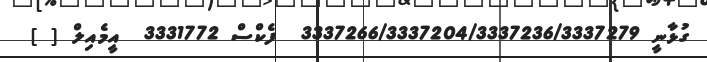
ގުޅާނީ 3337266/3337204/3337236/3337279  ފެކްސް 3331772  އީމެއިލް [ ]